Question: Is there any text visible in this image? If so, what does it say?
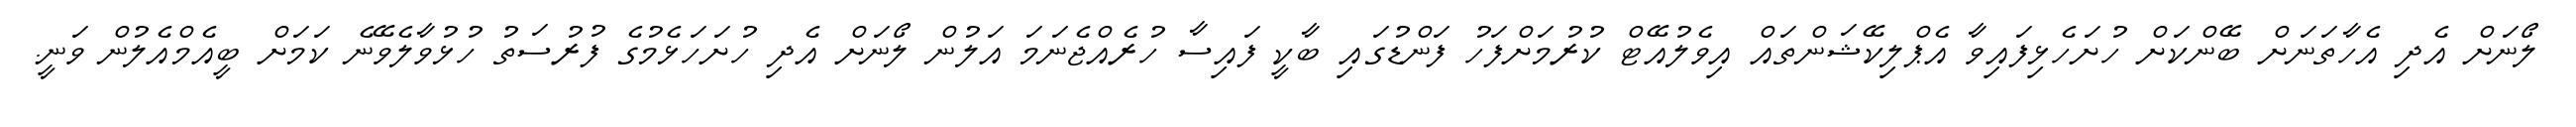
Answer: ލޯނަށް އެދި އެހާތަނަށް ބޭންކަށް ހުށަހެޅިފައިވާ އެޕްލިކޭޝަންތައް އިވެލުއޭޓް ކުރުމަށްފަހު ފަންޑުގައި ބާކީ ފައިސާ ހުރެއްޖެނަމަ އަލުން ލޯނަށް އެދި ހުށަހަޅެމުގެ ފުރުސަތު ހުޅުވާލެވޭނެ ކަމަށް ބީއެމްއެލުން ވަނީ.